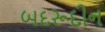
બદરૂદીન